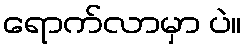
ရောက်လာမှာ ပဲ။